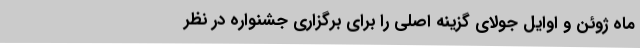
ماه ژوئن و اوایل جولای گزینه اصلی را برای برگزاری جشنواره در نظر